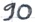
Text: 90